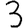
Digit: 3